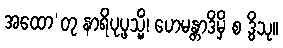
အထော’တု နာရိပုပ္ဖသ္မိံ၊ ဟေမန္တာဒိမှိ စ ဒွိသု။